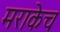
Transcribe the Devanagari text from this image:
मराकेच